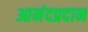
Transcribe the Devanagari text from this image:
आनंदप्रदान